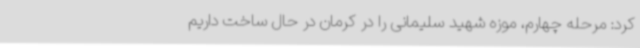
کرد: مرحله چهارم، موزه شهید سلیمانی را در کرمان در حال ساخت داریم